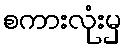
စကားလုံးမှ